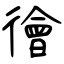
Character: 徻